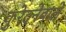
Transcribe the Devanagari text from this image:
कुरेदनेवाले